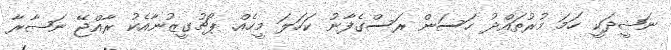
ނަޝީދަކީ ހަމަ މުރުތައްދު ހަސަން ރަސްގެފާނު ކަހަލަ މީހެއް. ޕޯޗުގީޒުނާއެކު ރާއްޖޭ ނަޞާރާ